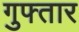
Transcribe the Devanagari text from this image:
गुफ्तार